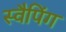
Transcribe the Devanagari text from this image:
स्वैपिंग